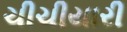
ચીચીયારી